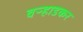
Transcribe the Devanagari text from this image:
वऱ्हाडकर